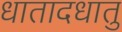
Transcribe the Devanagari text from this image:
धातादधातु